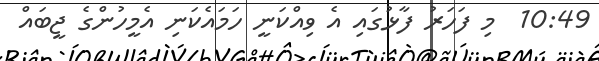
10:49  މި ފަހަރު ފާޅުގައި އެ ވިއްކަނީ ހަމައެކަނި އެމީހުންގެ ޖީބައް